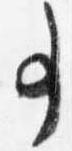
事